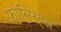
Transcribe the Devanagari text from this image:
फ़ासिस्ट्स